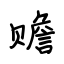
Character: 赡